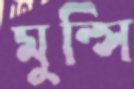
মুন্সি